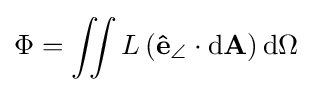
\Phi =\iint L\left(\mathbf {\hat {e}} _{\angle }\cdot \mathrm {d} \mathbf {A} \right)\mathrm {d} \Omega